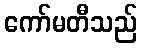
ကော်မတီသည်